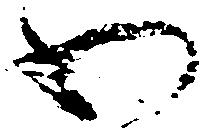
わ